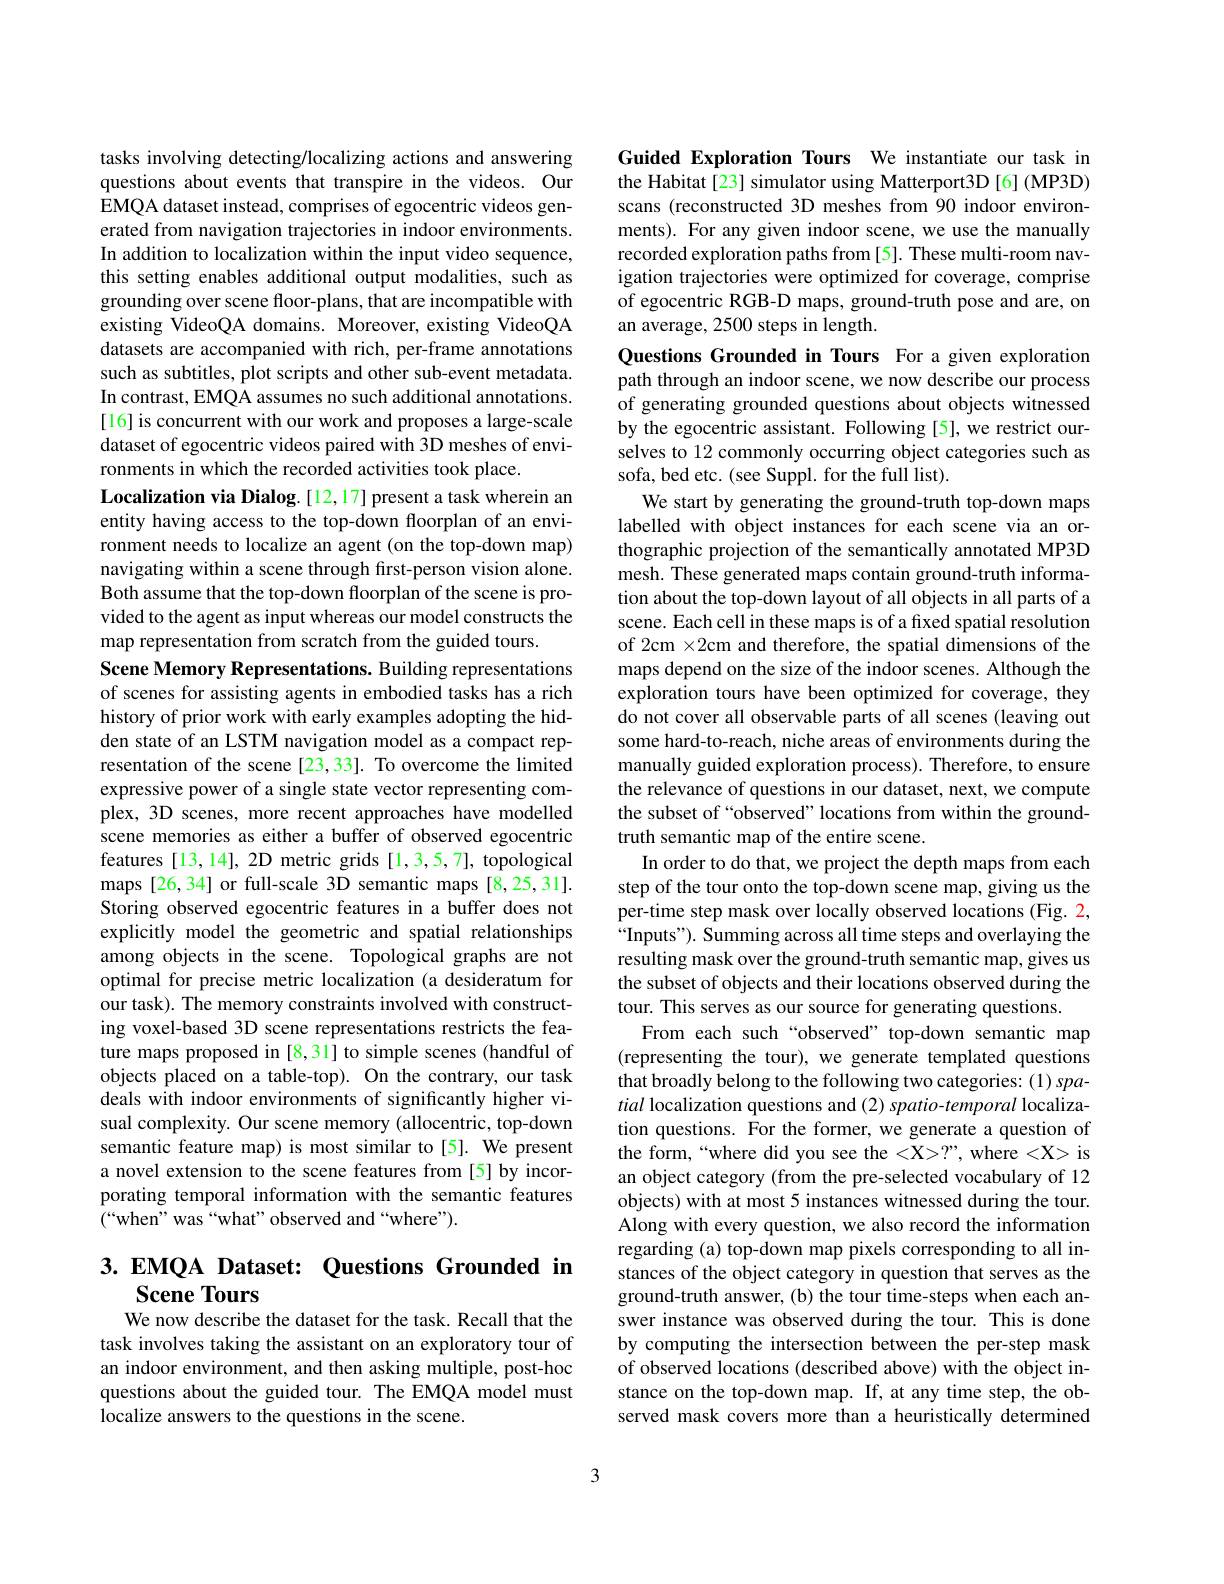
tasks involving detecting/localizing actions and answering questions about events that transpire in the videos. Our EMQA dataset instead, comprises of egocentric videos generated from navigation trajectories in indoor environments. In addition to localization within the input video sequence, this setting enables additional output modalities, such as grounding over scene floor-plans, that are incompatible with existing VideoQA domains. Moreover, existing VideoQA datasets are accompanied with rich, per-frame annotations such as subtitles, plot scripts and other sub-event metadata. In contrast, EMQA assumes no such additional annotations. [16] is concurrent with our work and proposes a large-scale dataset of egocentric videos paired with 3D meshes of environments in which the recorded activities took place.
Localization via Dialog.[12,17] present a task wherein an entity having access to the top-down floorplan of an environment needs to localize an agent (on the top-down map) navigating within a scene through first-person vision alone. Both assume that the top-down floorplan of the scene is provided to the agent as input whereas our model constructs the map representation from scratch from the guided tours.
Scene Memory Representations. Building representations of scenes for assisting agents in embodied tasks has a rich history of prior work with early examples adopting the hidden state of an LSTM navigation model as a compact representation of the scene [23,33]. To overcome the limited expressive power of a single state vector representing complex, 3D scenes, more recent approaches have modelled scene memories as either a buffer of observed egocentric features [13,14], 2D metric grids [1,3,5,7], topological maps [26,34] or full-scale 3D semantic maps [8,25,31]. Storing observed egocentric features in a buffer does not explicitly model the geometric and spatial relationships among objects in the scene. Topological graphs are not optimal for precise metric localization (a desideratum for our task). The memory constraints involved with constructing voxel-based 3D scene representations restricts the feature maps proposed in [8,31] to simple scenes (handful of objects placed on a table-top). On the contrary, our task deals with indoor environments of significantly higher visual complexity. Our scene memory (allocentric, top-down semantic feature map) is most similar to[5]. We present a novel extension to the scene features from [5]by incorporating temporal information with the semantic features (“when” was“what” observed and“where”).

# 3.EMQA Dataset: Questions Grounded im Scene Tours

We now describe the dataset for the task. Recall that the task involves taking the assistant on an exploratory tour of an indoor environment, and then asking multiple, post-hoc questions about the guided tour. The EMQA model must localize answers to the questions in the scene.

Guided Exploration Tours We instantiate our task in the Habitat [23] simulator using Matterport3D [6] (MP3D) scans (reconstructed 3D meshes from 90 indoor environments). For any given indoor scene, we use the manually recorded exploration paths from [5]. These multi-room navigation trajectories were optimized for coverage, comprise of egocentric RGB-D maps, ground-truth pose and are, on an average, 2500 steps in length.

Questions Grounded in Tours For a given exploration path through an indoor scene, we now describe our process of generating grounded questions about objects witnessed by the egocentric assistant. Following [5], we restrict ourselves to 12 commonly occurring object categories such as sofa, bed etc. (see Suppl. for the full list).
We start by generating the ground-truth top-down maps labelled with object instances for each scene via an orthographic projection of the semantically annotated MP3D mesh. These generated maps contain ground-truth information about the top-down layout of all objects in all parts of a scene. Each cell in these maps is of a fixed spatial resolution of 2cm $\times2$cm and therefore, the spatial dimensions of the maps depend on the size of the indoor scenes. Although the exploration tours have been optimized for coverage, they do not cover all observable parts of all scenes (leaving out some hard-to-reach, niche areas of environments during the manually guided exploration process). Therefore, to ensure the relevance of questions in our dataset, next, we compute the subset of“observed” locations from within the groundtruth semantic map of the entire scene.
In order to do that, we project the depth maps from each step of the tour onto the top-down scene map, giving us the per-time step mask over locally observed locations (Fig. 2, “Inputs"). Summing across all time steps and overlaying the resulting mask over the ground-truth semantic map, gives us the subset of objects and their locations observed during the tour. This serves as our source for generating questions.
From each such “observed” top-down semantic map (representing the tour), we generate templated questions that broadly belong to the following two categories: (1) spatial localization questions and (2) spatio-temporal localization questions. For the former, we generate a question of the form,“where did you see the <X>?”, where <X> is an object category (from the pre-selected vocabulary of 12 objects) with at most 5 instances witnessed during the tour. Along with every question, we also record the information regarding (a) top-down map pixels corresponding to all instances of the object category in question that serves as the ground-truth answer, (b) the tour time-steps when each answer instance was observed during the tour. This is done by computing the intersection between the per-step mask of observed locations (described above) with the object instance on the top-down map. If, at any time step, the observed mask covers more than a heuristically determined

3